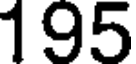
195